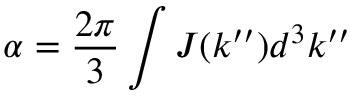
\alpha = \frac { 2 \pi } { 3 } \int J ( k ^ { \prime \prime } ) d ^ { 3 } k ^ { \prime \prime }